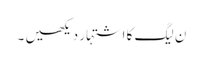
ن لیگ کا اشتہار دیکھیں ۔